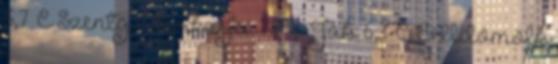
5,7 °C Szentg.-Farkasfa: 7,1 °C Ják: 6,3 °C Celldömölk